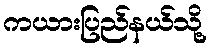
ကယားပြည်နယ်သို့